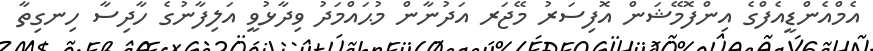
އެމްއެންޑީއެފްގެ އިންފޮމޭޝަން އޮފިސަރު މޭޖަރ އަދުނާން މުޙައްމަދު ވިދާޅުވީ އަލިފާނުގެ ހާދިސާ ހިނގިތާ